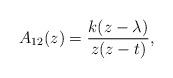
LaTeX: \begin{align*}A_{12}(z)=\frac{k(z-\lambda)}{z(z-t)},\end{align*}